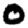
Digit: 0